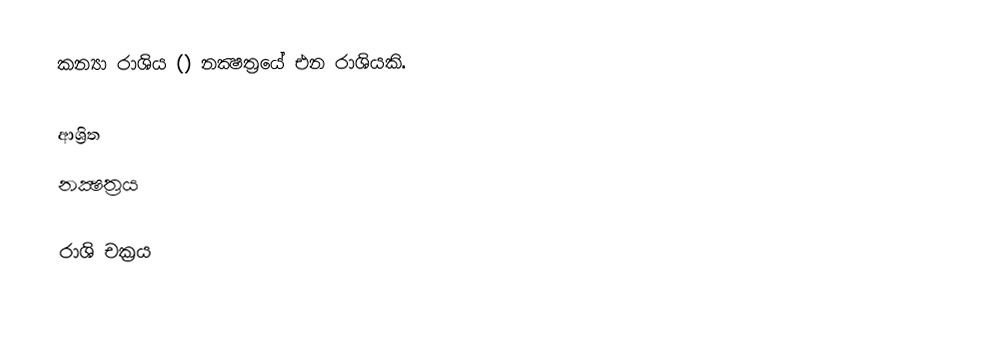
කන්‍යා රාශිය () නක්‍ෂත්‍රයේ එන රාශියකි.

ආශ්‍රිත
 නක්‍ෂත්‍රය

රාශි චක්‍රය